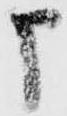
申